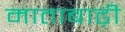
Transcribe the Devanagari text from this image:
माताबाढ़ी